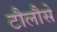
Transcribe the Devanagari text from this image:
टौलौसे